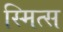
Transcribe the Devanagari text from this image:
स्मित्स